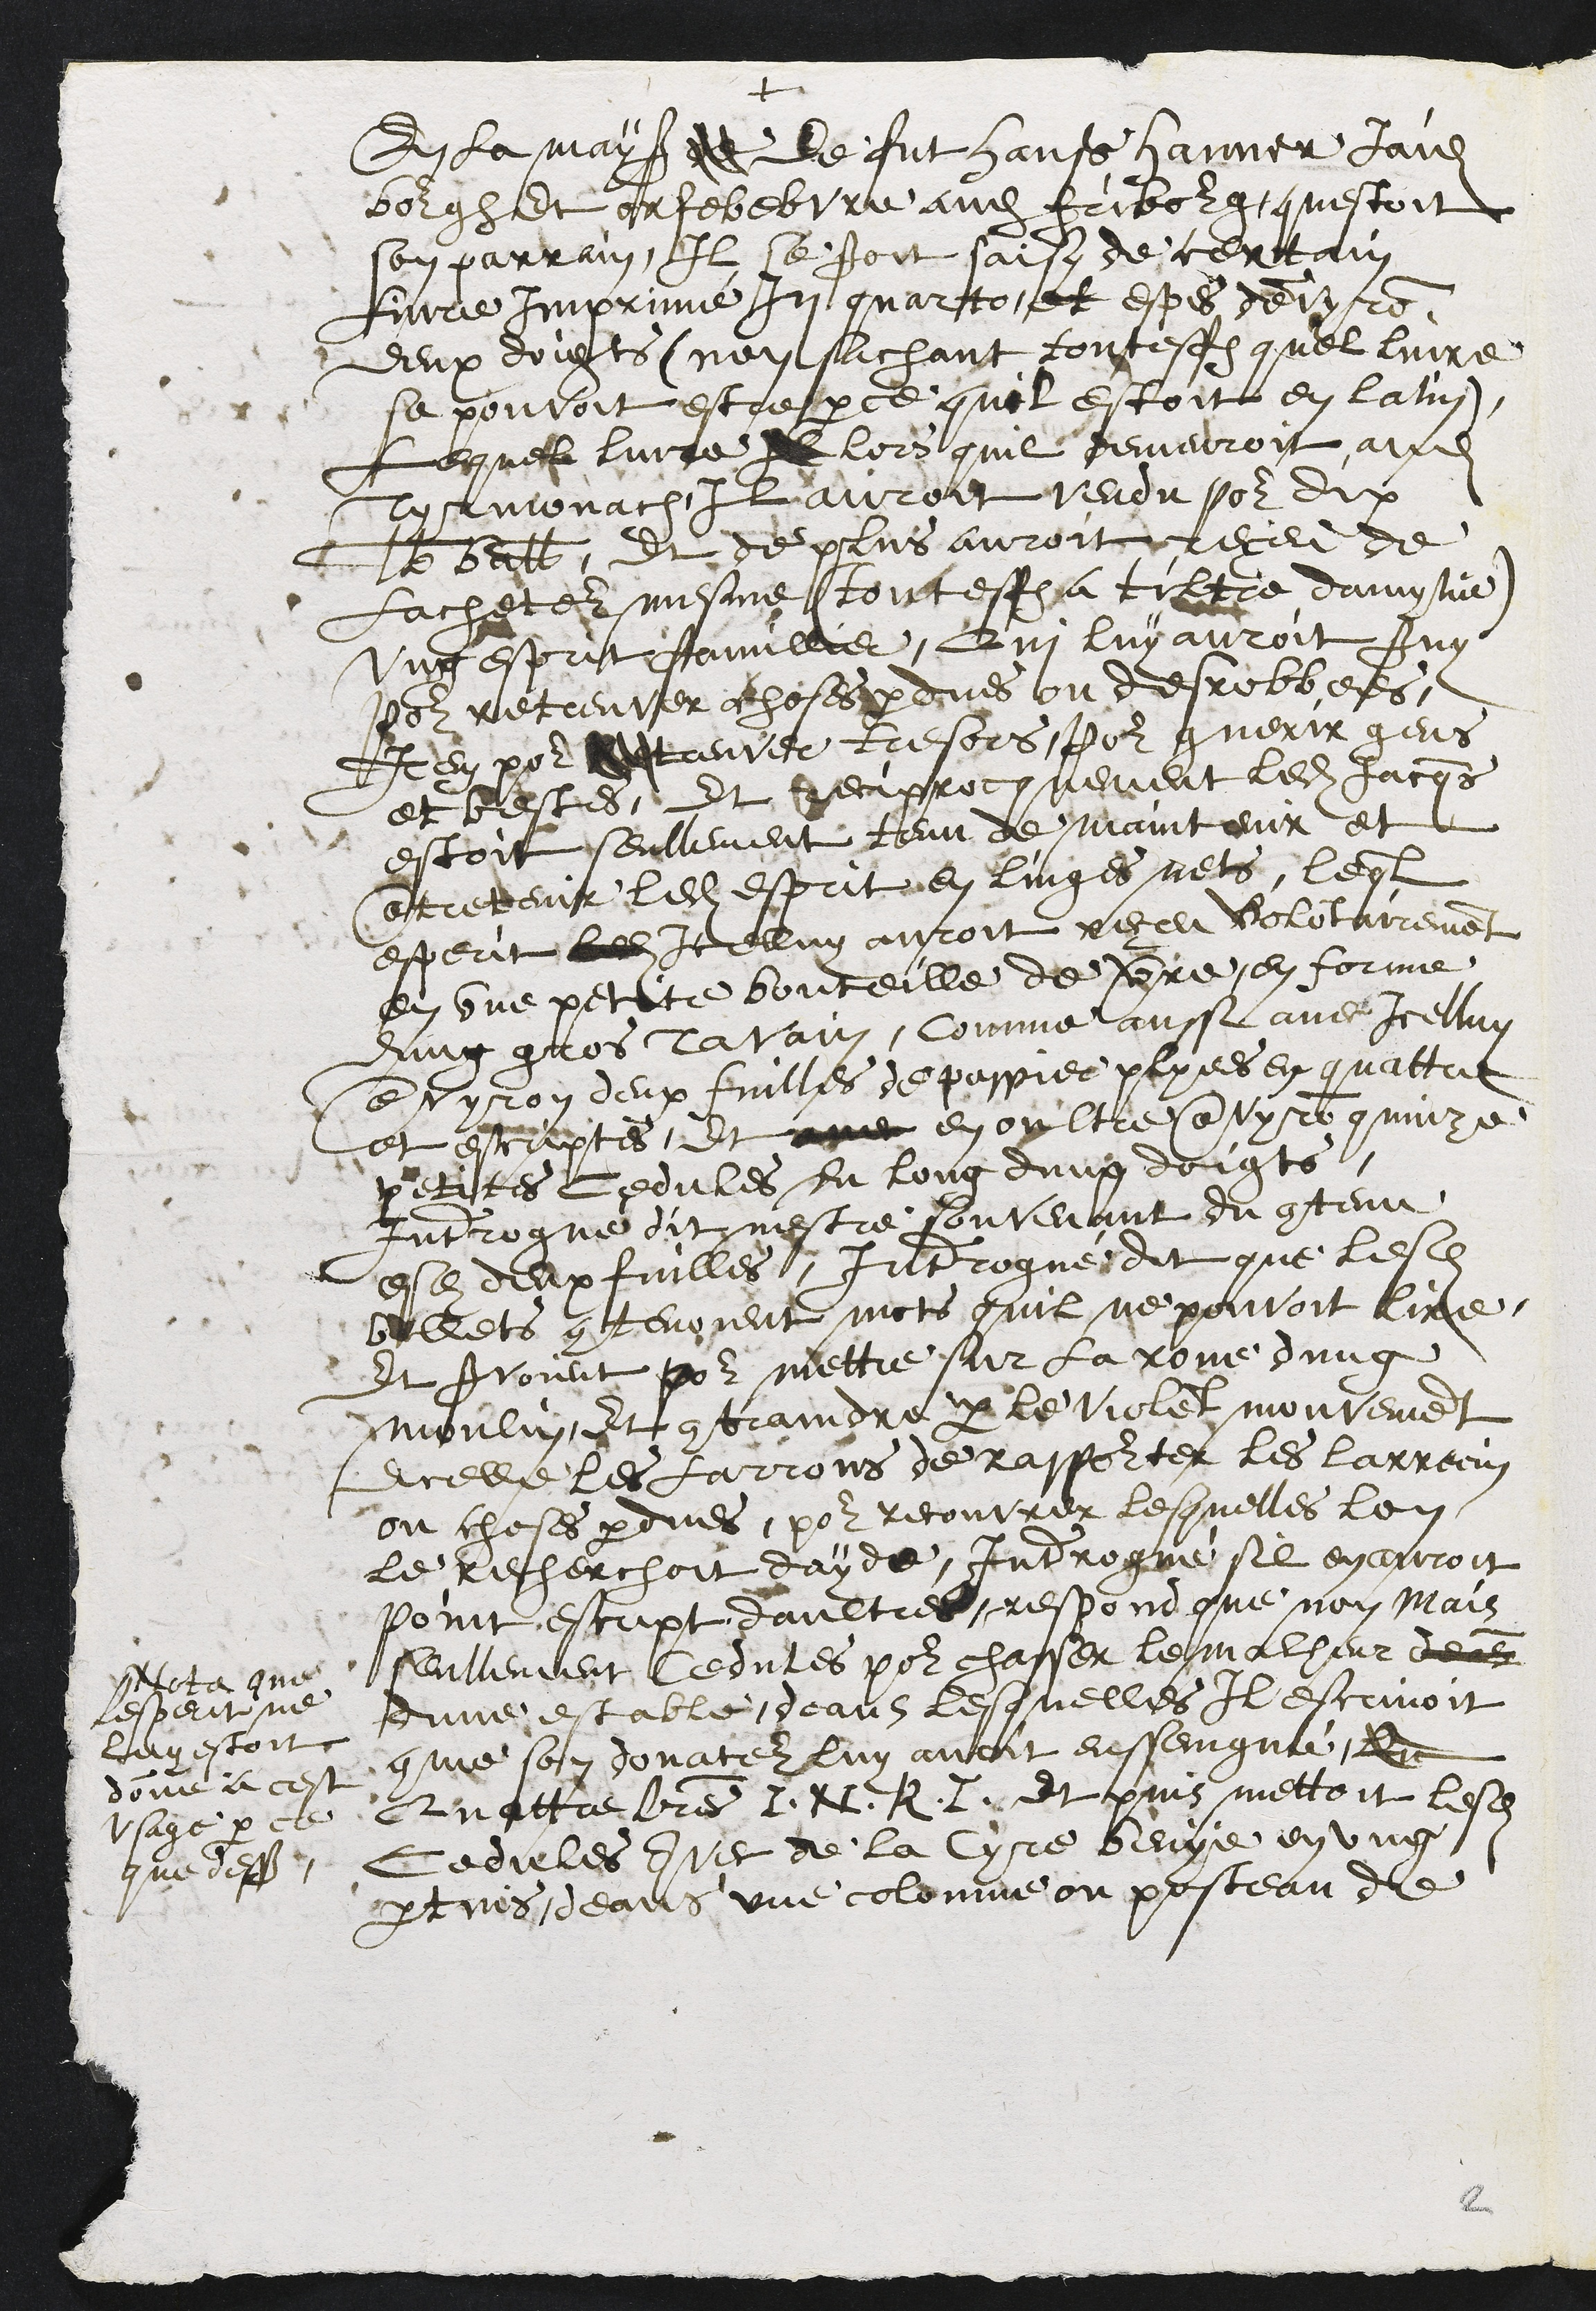
+
En la mayson de de fut Hanß Hanner jaidis
bourg et orfebebvre audit Fribourg questoit
son parrain, Il se seroit saisy de certain
livre imprimé In quarto et espes denvyron
deux doigts (non sachant toutesfois quel livre
se pouvoit estre parce quil estoit en latin)
Lequel livre Il lors quil demeuroit audit
Tyrmonach, Il auroit vendu pour dix
lb ball, et de plus auroit receu de
lacheteur mesme (toutesfois a tiltre damytie)
ung esprit famillier, Qui luy auroit servy
pour retreuver choses perdues ou desrobbees,
Item pour treuver tresors pour guerir gens
et bestes, Et reciprocquement ledit Jacques
estoit seullement tenu de maintenir et
entretenir ledit esprit en linges nets, lequel
esperit ledit Icelluy auroit receu volontairement
en une petite bouteille de verre en forme
dung gros Tavain, comme aussi avec icelluy
envyron deux fuilles de pappier plyees en quattre
et escriptes, et avec en oultre environ quinze
petites cedules du long dung doigts.
Interrogue dit nestre souvenant du contenu
esdits deux fuilles, Interrogué dit que lesdits
billets contenoient mots quil ne pouvoit lire
Et servoient pour mettre sur la roue dung
moulin et contraindre par le violent mouvement
dicelle les larrons de rapporter les larrecin
ou choses perdues, pour recouvrer lesquelles lon
le recherchoit dayde, Interrogué sil en auroit
point escript daultres, respond que non, mais
seullement cedules pour chasser le malheur deux
dune estable, deans lesquelles Il escrivoit
comme son donateur luy avoit ensseingné le
quatte lres I. N. R. I. et puis mettoit lesdites
Cedules avec de la Cyre benye en ung
pertuis deans une colonne ou posteau de
Nota que
lesperit ne
luy estoit
doné a cest
usage par ce
que dessus

2